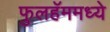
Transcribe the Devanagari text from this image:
फुलहॅममध्ये